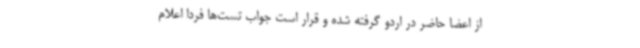
از اعضا حاضر در اردو گرفته شده و قرار است جواب تست‌ها فردا اعلام